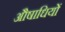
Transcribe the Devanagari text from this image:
औषाधियों